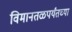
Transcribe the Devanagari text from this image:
विमानतळपर्यंतच्या